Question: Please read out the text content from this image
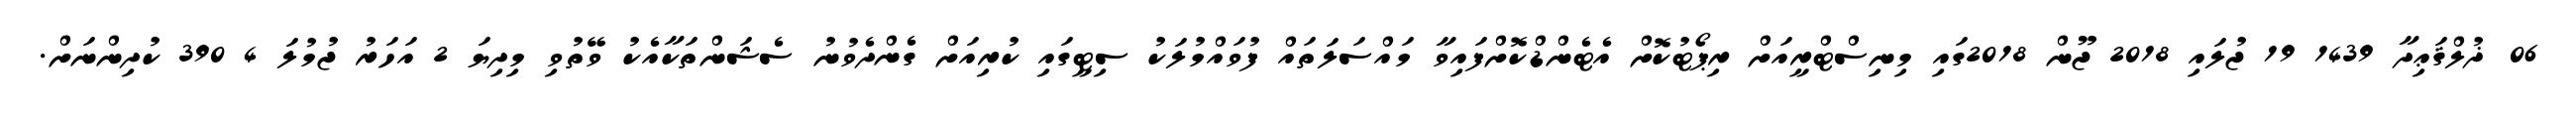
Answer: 06 ޛުލްޤަޢިދާ 1439 19 ޖުލައި 2018 ޖޫން 2018ގައި މިނިސްޓްރީއަށް ރިޕޯޓުކޮށް އެޓެންޑްކޮށްފައިވާ މައްސަލަތައް ފުވައްމުލަކު ސިޓީގައި ކުރިއަށް ގެންދެވުނު ސެޝަންތަކާއެކު ވޭތުވި މިދިޔަ 2 އަހަރު ޖުމުލަ 4 390 ކުދިންނަށް.